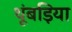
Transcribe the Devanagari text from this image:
थूंबड़िया